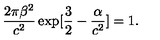
\frac { 2 \pi \beta ^ { 2 } } { c ^ { 2 } } \exp [ \frac { 3 } { 2 } - \frac { \alpha } { c ^ { 2 } } ] = 1 .